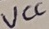
Text: VCC